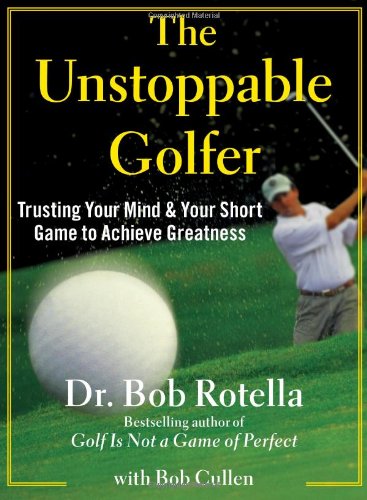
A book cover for The Unstoppable Golfer: Trusting Your Mind & Your Short Game to Achieve Greatness; Dr. Bob Rotella; Sports & Outdoors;